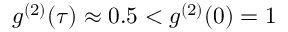
g ^ { ( 2 ) } ( \tau ) \approx 0 . 5 < g ^ { ( 2 ) } ( 0 ) = 1